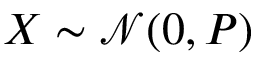
X \sim { \mathcal { N } } ( 0 , P ) \,